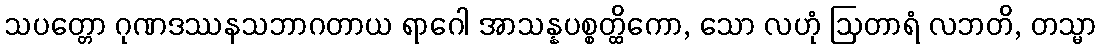
သပတ္တော ဂုဏဒဿနသဘာဂတာယ ရာဂေါ အာသန္နပစ္စတ္ထိကော, သော လဟုံ ဩတာရံ လဘတိ, တသ္မာ